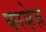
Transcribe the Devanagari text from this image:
काजे़ज़